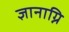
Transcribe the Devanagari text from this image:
ज्ञानाग्नि